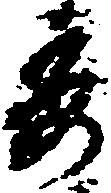
委